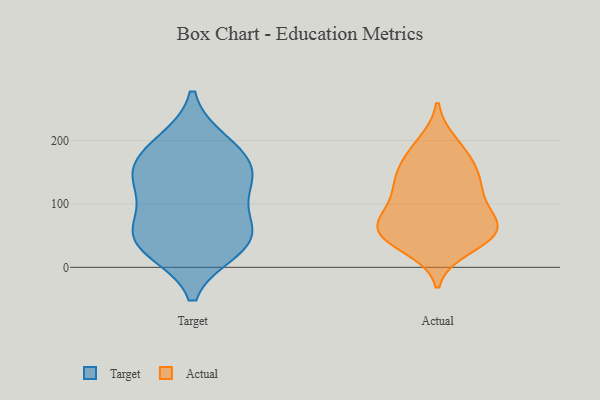
{"axis": {"x": "Gross Profit (USD K)", "y": "Value"}, "legend": ["Actual", "Target"], "data": [{"x": "", "y": 69, "type": "Target"}, {"x": "", "y": 117, "type": "Target"}, {"x": "", "y": 38, "type": "Target"}, {"x": "", "y": 196, "type": "Target"}, {"x": "", "y": 185, "type": "Target"}, {"x": "", "y": 156, "type": "Target"}, {"x": "", "y": 147, "type": "Target"}, {"x": "", "y": 29, "type": "Target"}, {"x": "", "y": 39, "type": "Target"}, {"x": "", "y": 59, "type": "Target"}, {"x": "", "y": 139, "type": "Target"}, {"x": "", "y": 155, "type": "Actual"}, {"x": "", "y": 161, "type": "Actual"}, {"x": "", "y": 57, "type": "Actual"}, {"x": "", "y": 108, "type": "Actual"}, {"x": "", "y": 46, "type": "Actual"}, {"x": "", "y": 31, "type": "Actual"}, {"x": "", "y": 87, "type": "Actual"}, {"x": "", "y": 63, "type": "Actual"}, {"x": "", "y": 196, "type": "Actual"}, {"x": "", "y": 186, "type": "Actual"}, {"x": "", "y": 121, "type": "Actual"}, {"x": "", "y": 140, "type": "Actual"}, {"x": "", "y": 61, "type": "Actual"}, {"x": "", "y": 51, "type": "Actual"}, {"x": "", "y": 129, "type": "Actual"}, {"x": "", "y": 54, "type": "Actual"}, {"x": "", "y": 76, "type": "Actual"}]}